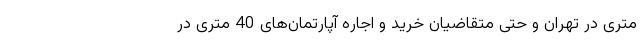
متری در تهران و حتی متقاضیان خرید و اجاره آپارتمان‌های 40 متری در